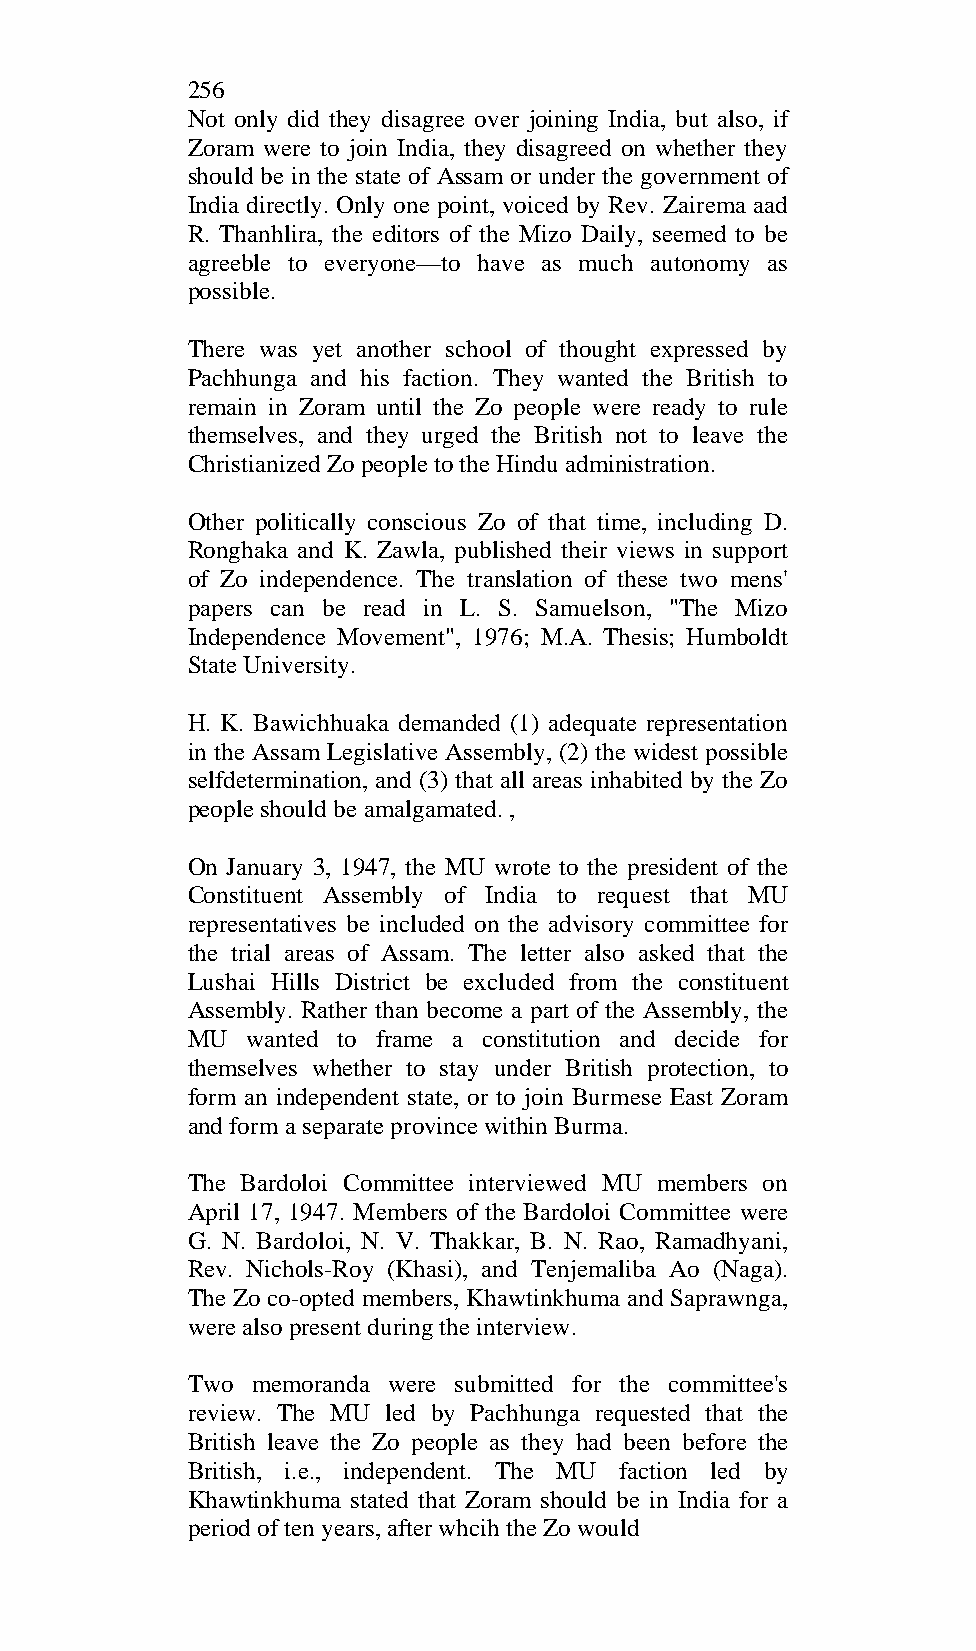
256
 Not only did they disagree over joining India, but also, if
 Zoram were to join India, they disagreed on whether they
 should be in the state of Assam or under the government of
 India directly. Only one point, voiced by Rev. Zairema aad
 R. Thanhlira, the editors of the Mizo Daily, seemed to be
 agreeble to everyone—to have as much autonomy as
 possible.
 There was yet another school of thought expressed by
 Pachhunga and his faction. They wanted the British to
 remain in Zoram until the Zo people were ready to rule
 themselves, and they urged the British not to leave the
 Christianized Zo people to the Hindu administration.
 Other politically conscious Zo of that time, including D.
 Ronghaka and K. Zawla, published their views in support
 of Zo independence. The translation of these two mens'
 papers can be read in L. S. Samuelson, "The Mizo
 Independence Movement", 1976; M.A. Thesis; Humboldt
 State University.
 H. K. Bawichhuaka demanded (1) adequate representation
 in the Assam Legislative Assembly, (2) the widest possible
 selfdetermination, and (3) that all areas inhabited by the Zo
 people should be amalgamated. ,
 On January 3, 1947, the MU wrote to the president of the
 Constituent Assembly of India to request that MU
 representatives be included on the advisory committee for
 the trial areas of Assam. The letter also asked that the
 Lushai Hills District be excluded from the constituent
 Assembly. Rather than become a part of the Assembly, the
 MU  wanted to frame a constitution and decide for
 themselves whether to stay under British protection, to
 form an independent state, or to join Burmese East Zoram
 and form a separate province within Burma.
 The Bardoloi Committee interviewed MU members on
 April 17, 1947. Members of the Bardoloi Committee were
 G. N. Bardoloi, N. V. Thakkar, B. N. Rao, Ramadhyani,
 Rev. Nichols-Roy (Khasi), and Tenjemaliba Ao (Naga).
 The Zo co-opted members, Khawtinkhuma and Saprawnga,
 were also present during the interview.
 Two  memoranda were submitted for the committee's
 review. The MU led by Pachhunga requested that the
 British leave the Zo people as they had been before the
 British, i.e., independent. The MU faction led by
 Khawtinkhuma stated that Zoram should be in India for a
 period of ten years, after whcih the Zo would